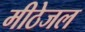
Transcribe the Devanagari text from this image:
मीठेजल